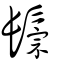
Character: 鬃